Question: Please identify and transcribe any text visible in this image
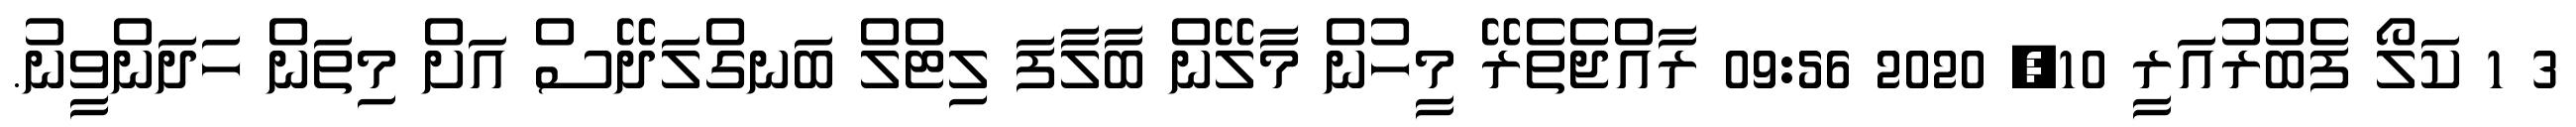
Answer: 3 1 ކަލޯ ފެބުރުއަރީ 10, 2020 09:56 ރާއްޖެތެރޭ މީހުން މާލޭން ބާލާފަ ލިޓްލް ބަނގްލަދޭސް އަށް މިތަން ހަދަންވީނު.